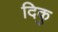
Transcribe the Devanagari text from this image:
दिकु